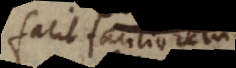
facit faciliorem.